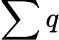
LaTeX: \sum q